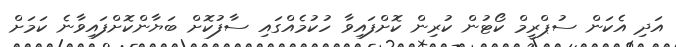
އަދި އެކަން ސުޕްރީމް ކޯޓުން ކުރިން ކޮށްފައިވާ ހުކުމެއްގައި ސާފުކޮށް ބަޔާންކޮށްފައިވާނެ ކަމަށް